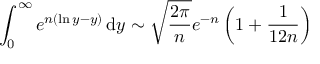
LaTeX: \int _ { 0 } ^ { \infty } e ^ { n ( \ln y - y ) } \, \mathrm { { d } } y \sim { \sqrt { \frac { 2 \pi } { n } } } e ^ { - n } \left( 1 + { \frac { 1 } { 1 2 n } } \right)